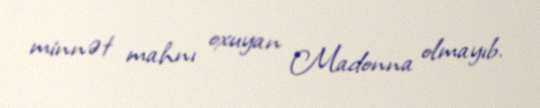
minnət mahnı oxuyan Madonna olmayıb.